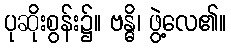
ပုဆိုးစွန်း၌။ ဗန္ဓိ၊ ဖွဲ့လေ၏။